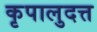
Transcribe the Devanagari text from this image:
कृपालुदत्त